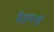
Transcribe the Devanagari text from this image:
बैजयन्‍ती